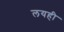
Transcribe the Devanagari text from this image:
लयही